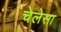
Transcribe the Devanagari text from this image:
चेलेसा